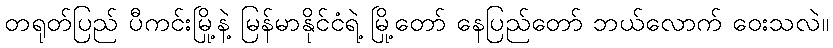
တရုတ်ပြည် ပီကင်းမြို့နဲ့ မြန်မာနိုင်ငံရဲ့ မြို့တော် နေပြည်တော် ဘယ်လောက် ဝေးသလဲ။